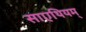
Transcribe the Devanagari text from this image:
साएथियम्‌